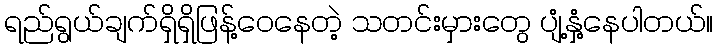
ရည်ရွယ်ချက်ရှိရှိဖြန့်ဝေနေတဲ့ သတင်းမှားတွေ ပျံ့နှံ့နေပါတယ်။